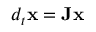
d _ { t } \mathbf { x } = \mathbf { J } \mathbf { x }